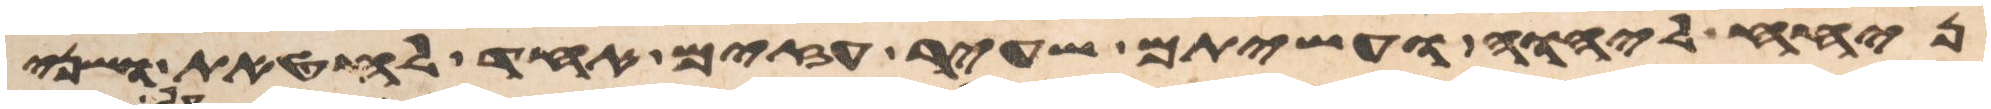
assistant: ניחח ליהוה ועשיתם שעיר עזים אחד לחטאת ושני